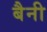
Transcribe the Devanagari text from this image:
बैनी